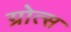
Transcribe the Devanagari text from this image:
ग्रोत्स